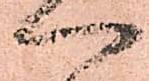
へ